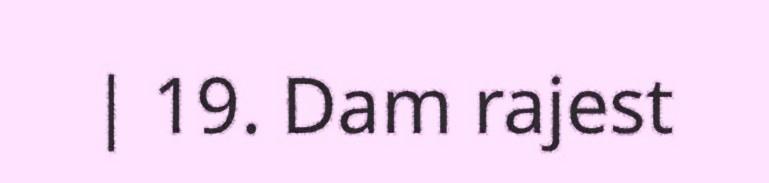
| 19. Dam rajest